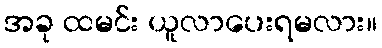
အခု ထမင်း ယူလာပေးရမလား။